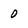
Character: 0